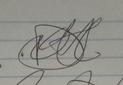
Signature authenticity: forged